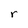
Character: r